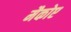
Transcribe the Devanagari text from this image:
मैकोए